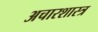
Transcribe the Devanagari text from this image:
अचारशास्त्र